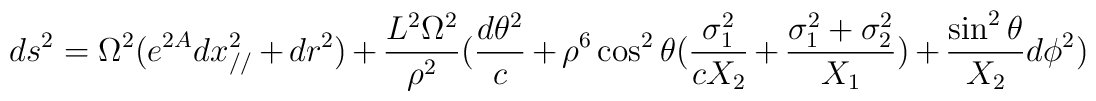
ds^2 = \Omega^2 ( e^{2  A} dx_{//}^2 + dr^2) + {L^2 \Omega^2 \over \rho^2}( {d \theta^2 \over c} + \rho^6 \cos^2 \theta  ( {\sigma_1^2 \over  c X_2} + {\sigma_1^2 + \sigma_2^2 \over X_1})+ {\sin^2 \theta\over X_2} d \phi^2 )